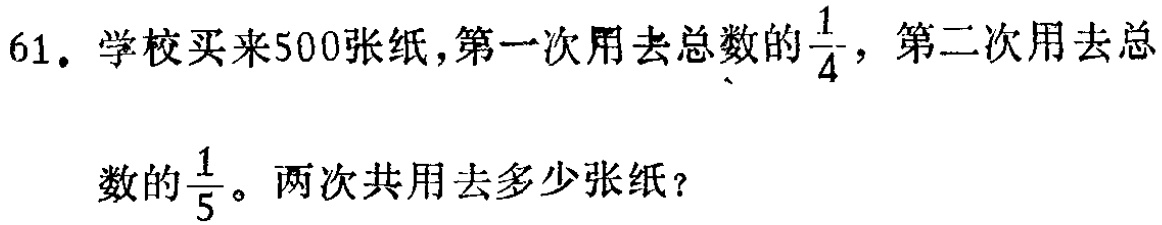
61. 学校买来500张纸，第一次用去总数的$\frac{1}{4}$，第二次用去总数的$\frac{1}{5}$。两次共用去多少张纸？